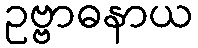
ဥဗ္ဗာဓနာယ